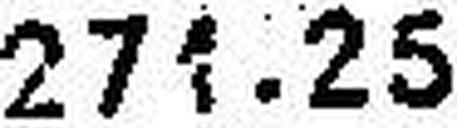
271.25